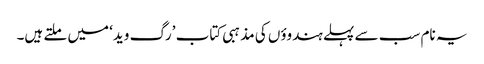
یہ نام سب سے پہلے ہندوؤں کی مذہبی کتاب ’رگ وید‘ میں ملتے ہیں۔